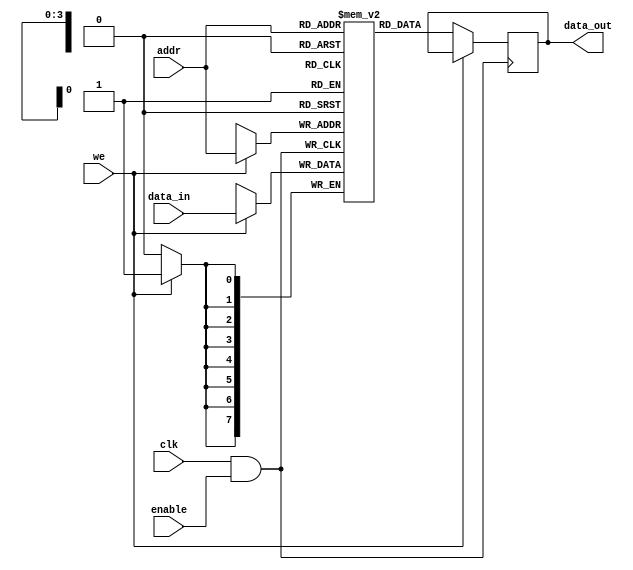
module clock_gating_memory (
    input wire clk,          // Main clock signal
    input wire enable,       // Enable signal for clock gating
    input wire [7:0] data_in, // Data input for memory
    input wire [3:0] addr,   // Address input for memory
    input wire we,           // Write enable signal
    output reg [7:0] data_out // Data output for memory
);

    // Memory array (8-bit wide, 16 locations)
    reg [7:0] memory_array [0:15];

    // Clock gating logic
    wire gated_clk;
    assign gated_clk = clk & enable; // Clock is passed only if enable is high

    // Memory read and write operations
    always @(posedge gated_clk) begin
        if (we) begin
            // Write operation
            memory_array[addr] <= data_in;
        end
        else begin
            // Read operation
            data_out <= memory_array[addr];
        end
    end

endmodule